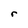
Character: r